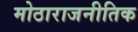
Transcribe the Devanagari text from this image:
मोठाराजनीतिक